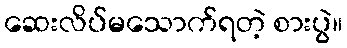
ဆေးလိပ်မသောက်ရတဲ့ စားပွဲ။